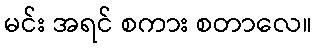
မင်း အရင် စကား စတာလေ။